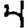
Digit: 4